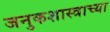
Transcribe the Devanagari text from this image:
जनुकशास्त्राच्या